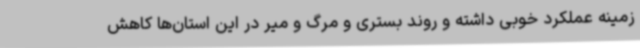
زمینه عملکرد خوبی داشته و روند بستری و مرگ و میر در این استان‌ها کاهش